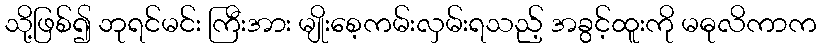
သို့ဖြစ်၍ ဘုရင်မင်း ကြီးအား မျိုးစေ့ကမ်းလှမ်းရသည့် အခွင့်ထူးကို မဓုလိကာက